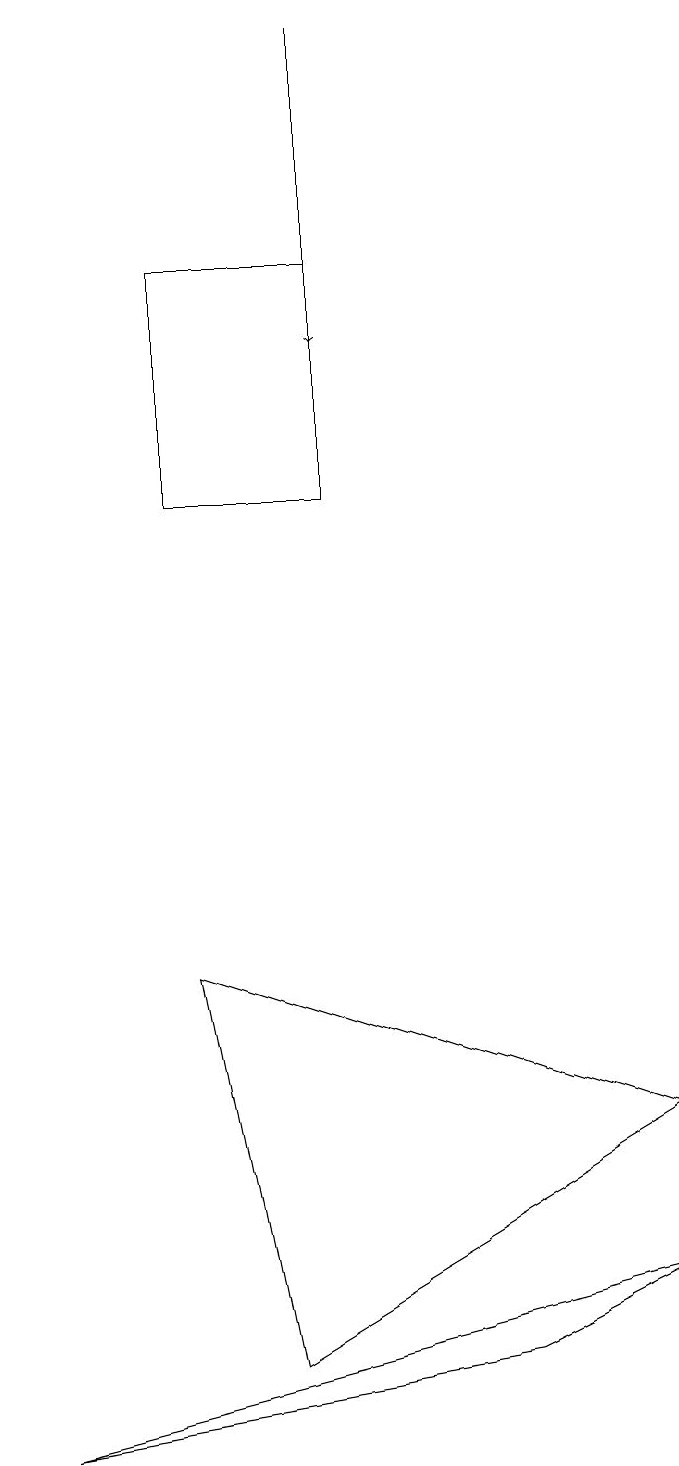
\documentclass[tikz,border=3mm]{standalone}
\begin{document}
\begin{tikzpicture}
\draw (9,2) -- (7,1) -- (1,0) -- cycle;
\draw[->] (5,18) -- (5,14);
\draw (4,1) -- (3,6) -- (9,4) -- cycle;
\draw (5,12) rectangle (3,15);
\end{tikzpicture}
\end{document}